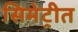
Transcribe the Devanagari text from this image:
सिमेट्रीत